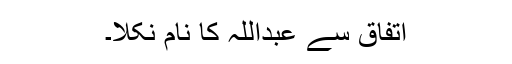
اتفاق سے عبداللہ کا نام نکلا۔